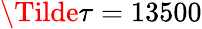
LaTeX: \Tilde{\tau}=13500